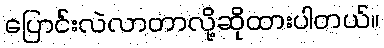
ပြောင်းလဲလာတာလို့ဆိုထားပါတယ်။